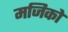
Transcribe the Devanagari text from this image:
मजिको